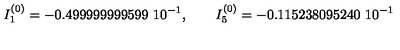
I _ { 1 } ^ { ( 0 ) } = - 0 . 4 9 9 9 9 9 9 9 9 5 9 9 \ 1 0 ^ { - 1 } , \qquad I _ { 5 } ^ { ( 0 ) } = - 0 . 1 1 5 2 3 8 0 9 5 2 4 0 \ 1 0 ^ { - 1 }